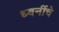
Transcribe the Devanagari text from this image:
ध्वनींचे